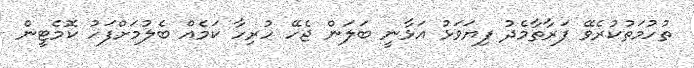
ތުހުމަތުކުރެވޭ ފަރާތާމެދު ފިޔަވަޅު އަޅާނީ ބަލަން ޖެހޭ ހުރިހާ ކަމެއް ބެލުމަށްފަހު ކޮމެޓީން